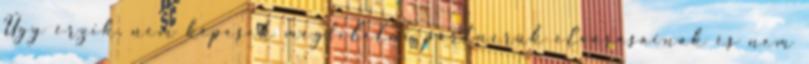
Úgy érzik, nem képesek megfelelni partnerük elvárásainak és nem